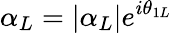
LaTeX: \alpha_{L}=|\alpha_{L}|e^{i\theta_{1L}}